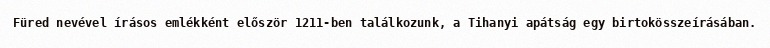
Füred nevével írásos emlékként először 1211-ben találkozunk, a Tihanyi apátság egy birtokösszeírásában.